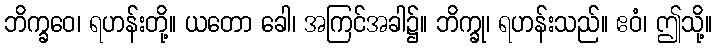
ဘိက္ခဝေ၊ ရဟန်းတို့။ ယတော ခေါ၊ အကြင်အခါ၌။ ဘိက္ခု၊ ရဟန်းသည်။ ဧဝံ၊ ဤသို့။